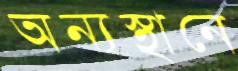
অন্যস্থানে